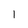
Character: l